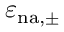
\varepsilon _ { \mathrm { n { a } , \pm } }